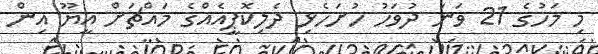
މި މަހުގެ 21 ވަނަ ދުވަހު ހުށަހެޅި ދެލިކޮޕީއެއްގެ މައްޗަށް އީޔޫ އިން